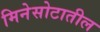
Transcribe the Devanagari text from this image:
मिनेसोटातील